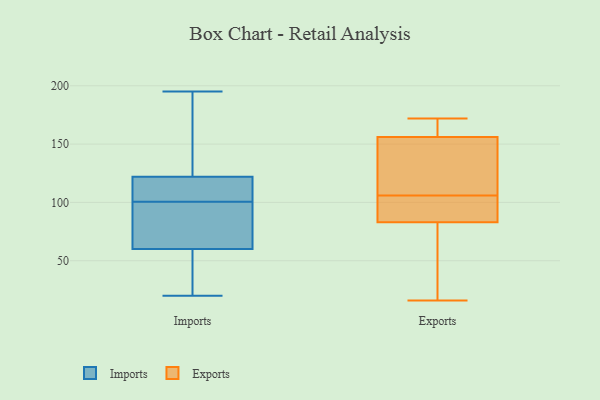
{"axis": {"x": "Churn Rate (%)", "y": "Value"}, "legend": ["Exports", "Imports"], "data": [{"x": "", "y": 50, "type": "Imports"}, {"x": "", "y": 111, "type": "Imports"}, {"x": "", "y": 68, "type": "Imports"}, {"x": "", "y": 130, "type": "Imports"}, {"x": "", "y": 108, "type": "Imports"}, {"x": "", "y": 102, "type": "Imports"}, {"x": "", "y": 20, "type": "Imports"}, {"x": "", "y": 141, "type": "Imports"}, {"x": "", "y": 195, "type": "Imports"}, {"x": "", "y": 52, "type": "Imports"}, {"x": "", "y": 114, "type": "Imports"}, {"x": "", "y": 99, "type": "Imports"}, {"x": "", "y": 111, "type": "Imports"}, {"x": "", "y": 90, "type": "Imports"}, {"x": "", "y": 177, "type": "Imports"}, {"x": "", "y": 86, "type": "Imports"}, {"x": "", "y": 41, "type": "Imports"}, {"x": "", "y": 85, "type": "Imports"}, {"x": "", "y": 153, "type": "Imports"}, {"x": "", "y": 34, "type": "Imports"}, {"x": "", "y": 16, "type": "Exports"}, {"x": "", "y": 94, "type": "Exports"}, {"x": "", "y": 128, "type": "Exports"}, {"x": "", "y": 88, "type": "Exports"}, {"x": "", "y": 83, "type": "Exports"}, {"x": "", "y": 172, "type": "Exports"}, {"x": "", "y": 98, "type": "Exports"}, {"x": "", "y": 159, "type": "Exports"}, {"x": "", "y": 166, "type": "Exports"}, {"x": "", "y": 47, "type": "Exports"}, {"x": "", "y": 114, "type": "Exports"}, {"x": "", "y": 47, "type": "Exports"}, {"x": "", "y": 156, "type": "Exports"}, {"x": "", "y": 146, "type": "Exports"}]}